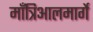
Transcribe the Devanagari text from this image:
माँत्रिआलमार्गे